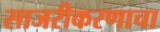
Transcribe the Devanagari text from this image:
साजरीकरणाचा